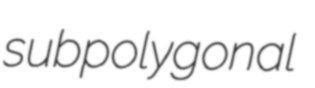
subpolygonal